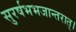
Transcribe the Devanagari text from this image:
सुरर्षभभजान्तरात्।